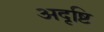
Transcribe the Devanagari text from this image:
अदृष्टि